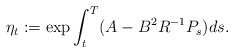
\begin{align*} \eta_t:=\exp\int_t^T(A-B^2R^{-1}P_s)ds.\end{align*}